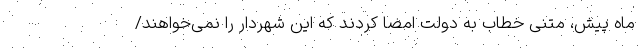
ماه پیش، متنی خطاب به دولت امضا کردند که این شهردار را نمی‌خواهند/